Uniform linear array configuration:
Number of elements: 48
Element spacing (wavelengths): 0.75
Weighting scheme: blackman
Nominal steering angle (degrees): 0
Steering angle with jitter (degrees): -1.842
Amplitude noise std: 0.05
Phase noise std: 0.05

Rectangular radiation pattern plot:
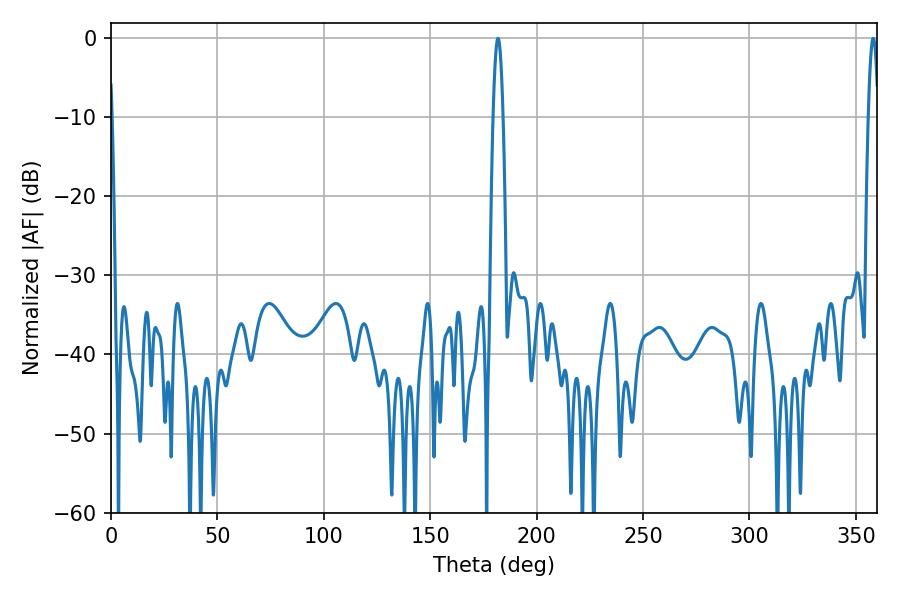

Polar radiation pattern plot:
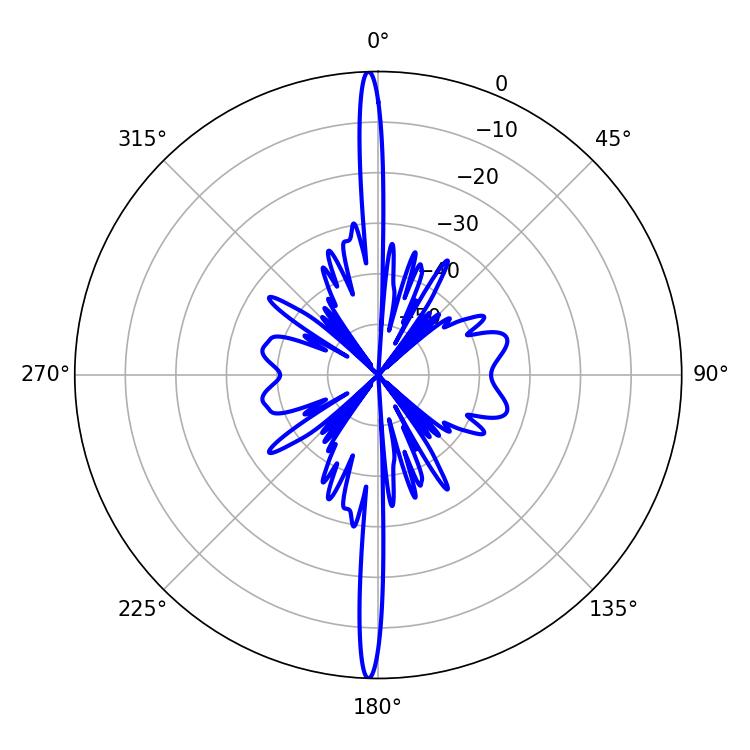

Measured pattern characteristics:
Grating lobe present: TRUE
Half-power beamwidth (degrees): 2.52
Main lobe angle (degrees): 181.8